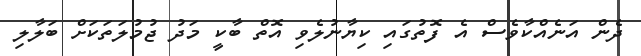
ދެން އަނެއްކާވެސް އެ ފޮތުގައި ކިޔާނުލެވި އޮތް ބާކީ މަދު ޖުމުލަތަކަށް ބަލާލި